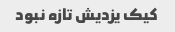
کیک یزدیش تازه نبود